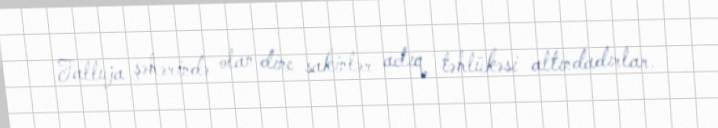
Falluja şəhərində olan dinc sakinlər aclıq təhlükəsi altındadırlar.